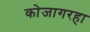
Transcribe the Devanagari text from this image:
कोजागरहा